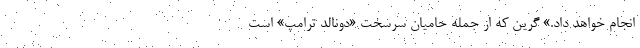
انجام خواهد داد.» گرین که از جمله حامیان سرسخت «دونالد ترامپ» است